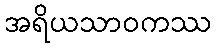
အရိယသာဝကဿ